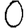
Digit: 0